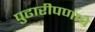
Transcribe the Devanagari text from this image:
पुढारीपणाचे